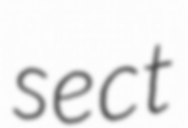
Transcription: sect